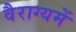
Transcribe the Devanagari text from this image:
वैराग्यमें